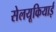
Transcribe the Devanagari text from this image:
सेलयूकियाई